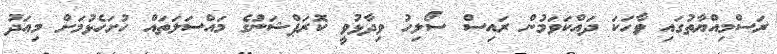
ރަސްމިއްޔާތުގައި ވާހަކަ ދައްކަވަމުން ރައިސް ސޯލިހު ވިދާޅުވީ ކޮރަޕްޝަނުގެ މައްސަލަތައް ހުށަހެޅުމަށް މިއަދު